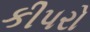
કીપરો